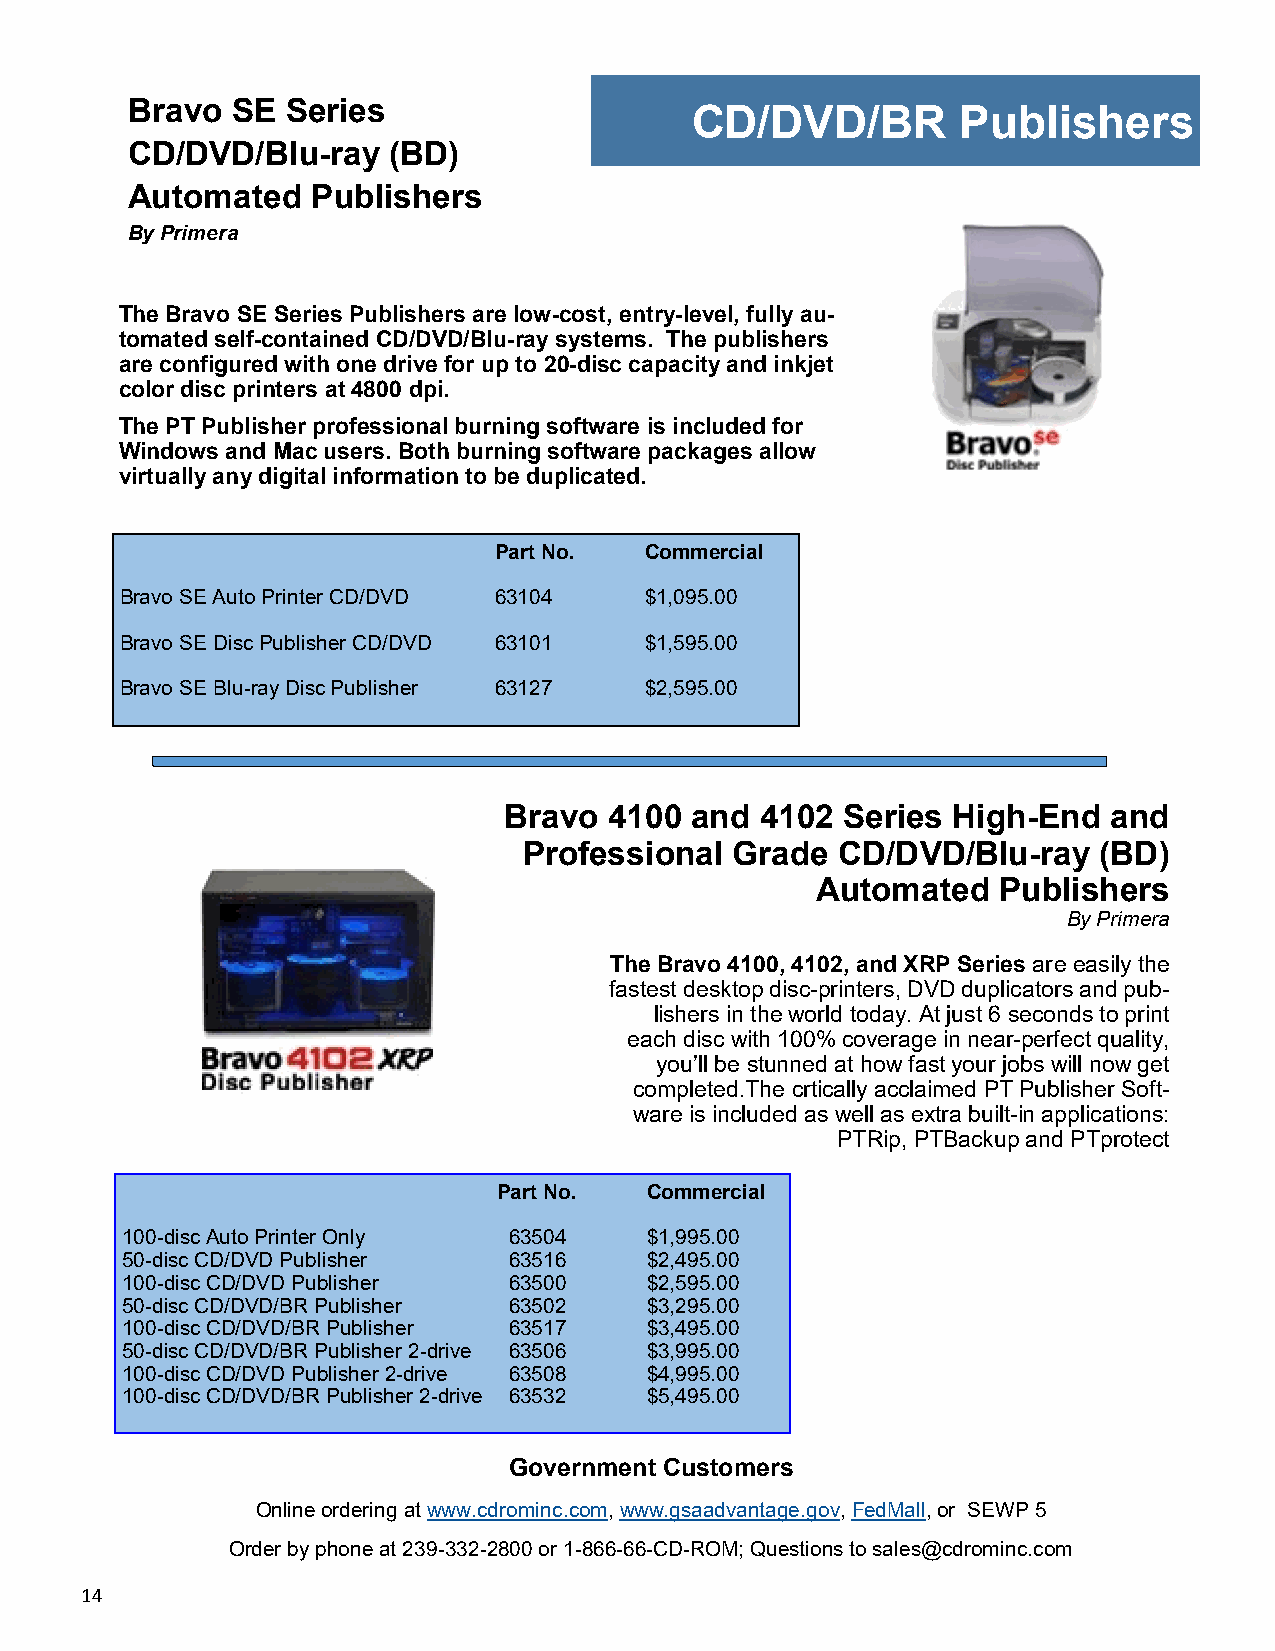
Bravo  SE  Series                     CD/DVD/BR         Publishers
 CD/DVD/Blu-ray    (BD)
 Automated    Publishers
 By Primera
 The Bravo SE Series Publishers are low-cost, entry-level, fully au-
 tomated self-contained CD/DVD/Blu-ray systems. The publishers
 are configured with one drive for up to 20-disc capacity and inkjet
 color disc printers at 4800 dpi.
 The PT Publisher professional burning software is included for
 Windows and Mac users. Both burning software packages allow
 virtually any digital information to be duplicated.
 Part No.  Commercial
 Bravo SE Auto Printer CD/DVD 63104 $1,095.00
 Bravo SE Disc Publisher CD/DVD 63101 $1,595.00
 Bravo SE Blu-ray Disc Publisher 63127 $2,595.00
 Bravo  4100  and 4102  Series High-End   and
 Professional Grade  CD/DVD/Blu-ray    (BD)
 Automated   Publishers
 By Primera
 The Bravo 4100, 4102, and XRP Series are easily the
 fastest desktop disc-printers, DVD duplicators and pub-
 lishers in the world today. At just 6 seconds to print
 each disc with 100% coverage in near-perfect quality,
 you’ll be stunned at how fast your jobs will now get
 completed.The crtically acclaimed PT Publisher Soft-
 ware is included as well as extra built-in applications:
 PTRip, PTBackup and PTprotect
 Part No.  Commercial
 100-disc Auto Printer Only 63504   $1,995.00
 50-disc CD/DVD Publisher  63516    $2,495.00
 100-disc CD/DVD Publisher 63500    $2,595.00
 50-disc CD/DVD/BR Publisher 63502  $3,295.00
 100-disc CD/DVD/BR Publisher 63517 $3,495.00
 50-disc CD/DVD/BR Publisher 2-drive 63506 $3,995.00
 100-disc CD/DVD Publisher 2-drive 63508 $4,995.00
 100-disc CD/DVD/BR Publisher 2-drive 63532 $5,495.00
 Government Customers
 Online ordering at www.cdrominc.com, www.gsaadvantage.gov, FedMall, or SEWP 5
 Order by phone at 239-332-2800 or 1-866-66-CD-ROM; Questions to sales@cdrominc.com
 14